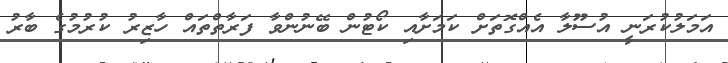
އަމަލުކުރަނީ އުސޫލާ އެއްގޮތަށް ކަމަށާއި ކޯޓުން ބޭނުންވާ ފަރާތްތައް ހާޒިރު ކުރުމުގެ ބާރު